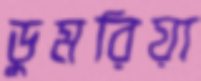
ডুমরিয়া